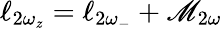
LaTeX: \ell_{2\omega_{z}}=\ell_{2\omega_{-}}+\mathscr{M}_{2\omega}